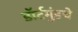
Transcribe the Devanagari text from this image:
डॉर्टमुंडचे